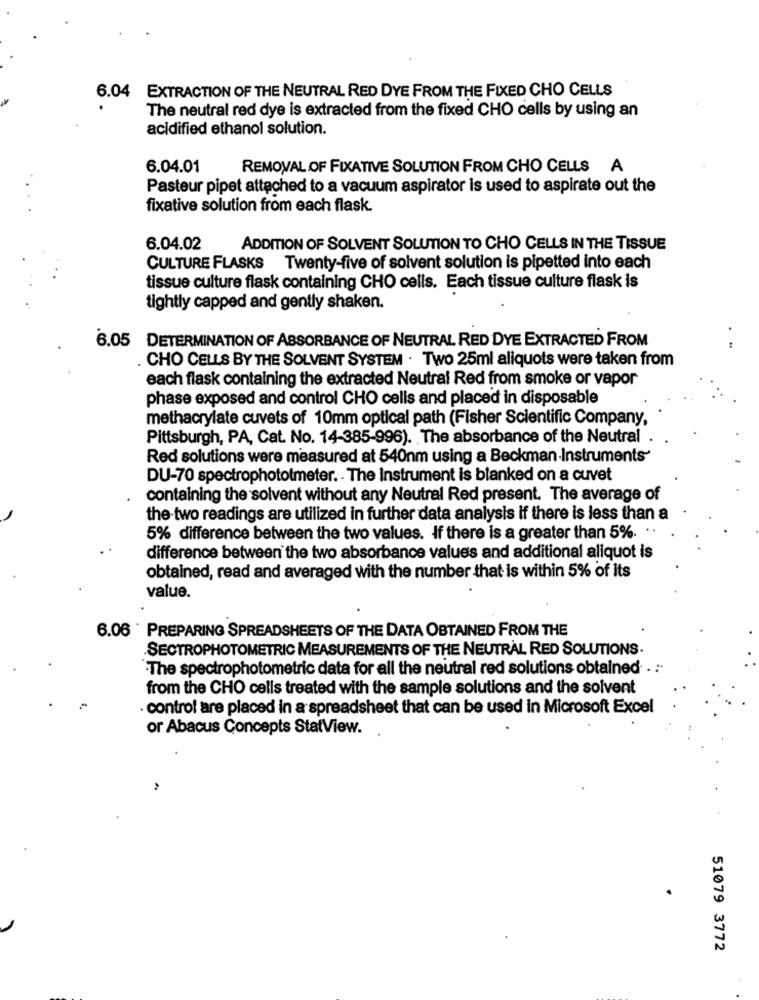
6.04 EXTRACTION OF THE NEUTRAL RED DYE FROM THE FIXED CHO CELLS
The neutral red dye is extracted from the fixed CHO cells by using an
acidified ethanol solution.
6.04.01
REMOVAL OF FIXATIVE SOLUTION FROM CHO CELLS A
Pasteur pipet attached to a vacuum aspirator is used to aspirate out the
fixative solution from each flask.
6.04.02
ADDITION OF SOLVENT SOLUTION TO CHO CELLS IN THE TISSUE
CULTURE FLASKS Twenty-five of solvent solution is pipetted into each
tissue culture flask containing CHO cells. Each tissue culture flask is
tightly capped and gently shaken.
DETERMINATION OF ABSORBANCE OF NEUTRAL RED DYE EXTRACTED FROM
6.05
CHO CELLS BY THE SOLVENT SYSTEM . Two 25ml aliquots were taken from
each flask containing the extracted Neutral Red from smoke or vapor
phase exposed and control CHO cells and placed in disposable
methacrylate cuvets of 10mm optical path (Fisher Scientific Company,
Pittsburgh, PA, Cat. No. 14-385-996). The absorbance of the Neutral
Red solutions were measured at 540nm using a Beckman Instruments-
DU-70 spectrophototmeter. · The Instrument is blanked on a cuvet
containing the solvent without any Neutral Red present. The average of
the two readings are utilized in further data analysis if there is less than a
5% difference between the two values. If there is a greater than 5%. . .
difference between the two absorbance values and additional aliquot is
obtained, read and averaged with the number that is within 5% of its
value.
6.06 PREPARING SPREADSHEETS OF THE DATA OBTAINED FROM THE
SECTROPHOTOMETRIC MEASUREMENTS OF THE NEUTRAL RED SOLUTIONS.
The spectrophotometric data for all the neutral red solutions obtained. . .
from the CHO cells treated with the sample solutions and the solvent
control are placed in a spreadsheet that can be used in Microsoft Excel
or Abacus Concepts StatView.
51079 3772